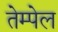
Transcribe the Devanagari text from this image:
तेम्पेल